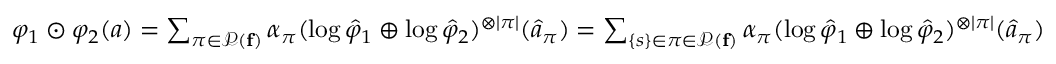
\begin{array} { r } { \varphi _ { 1 } \odot \varphi _ { 2 } ( a ) = \sum _ { \pi \in \mathcal P ( \mathbf f ) } \alpha _ { \pi } ( \log \hat { \varphi } _ { 1 } \oplus \log \hat { \varphi } _ { 2 } ) ^ { \otimes | \pi | } ( \hat { a } _ { \pi } ) = \sum _ { \{ s \} \in \pi \in \mathcal P ( \mathbf f ) } \alpha _ { \pi } ( \log \hat { \varphi } _ { 1 } \oplus \log \hat { \varphi } _ { 2 } ) ^ { \otimes | \pi | } ( \hat { a } _ { \pi } ) } \end{array}